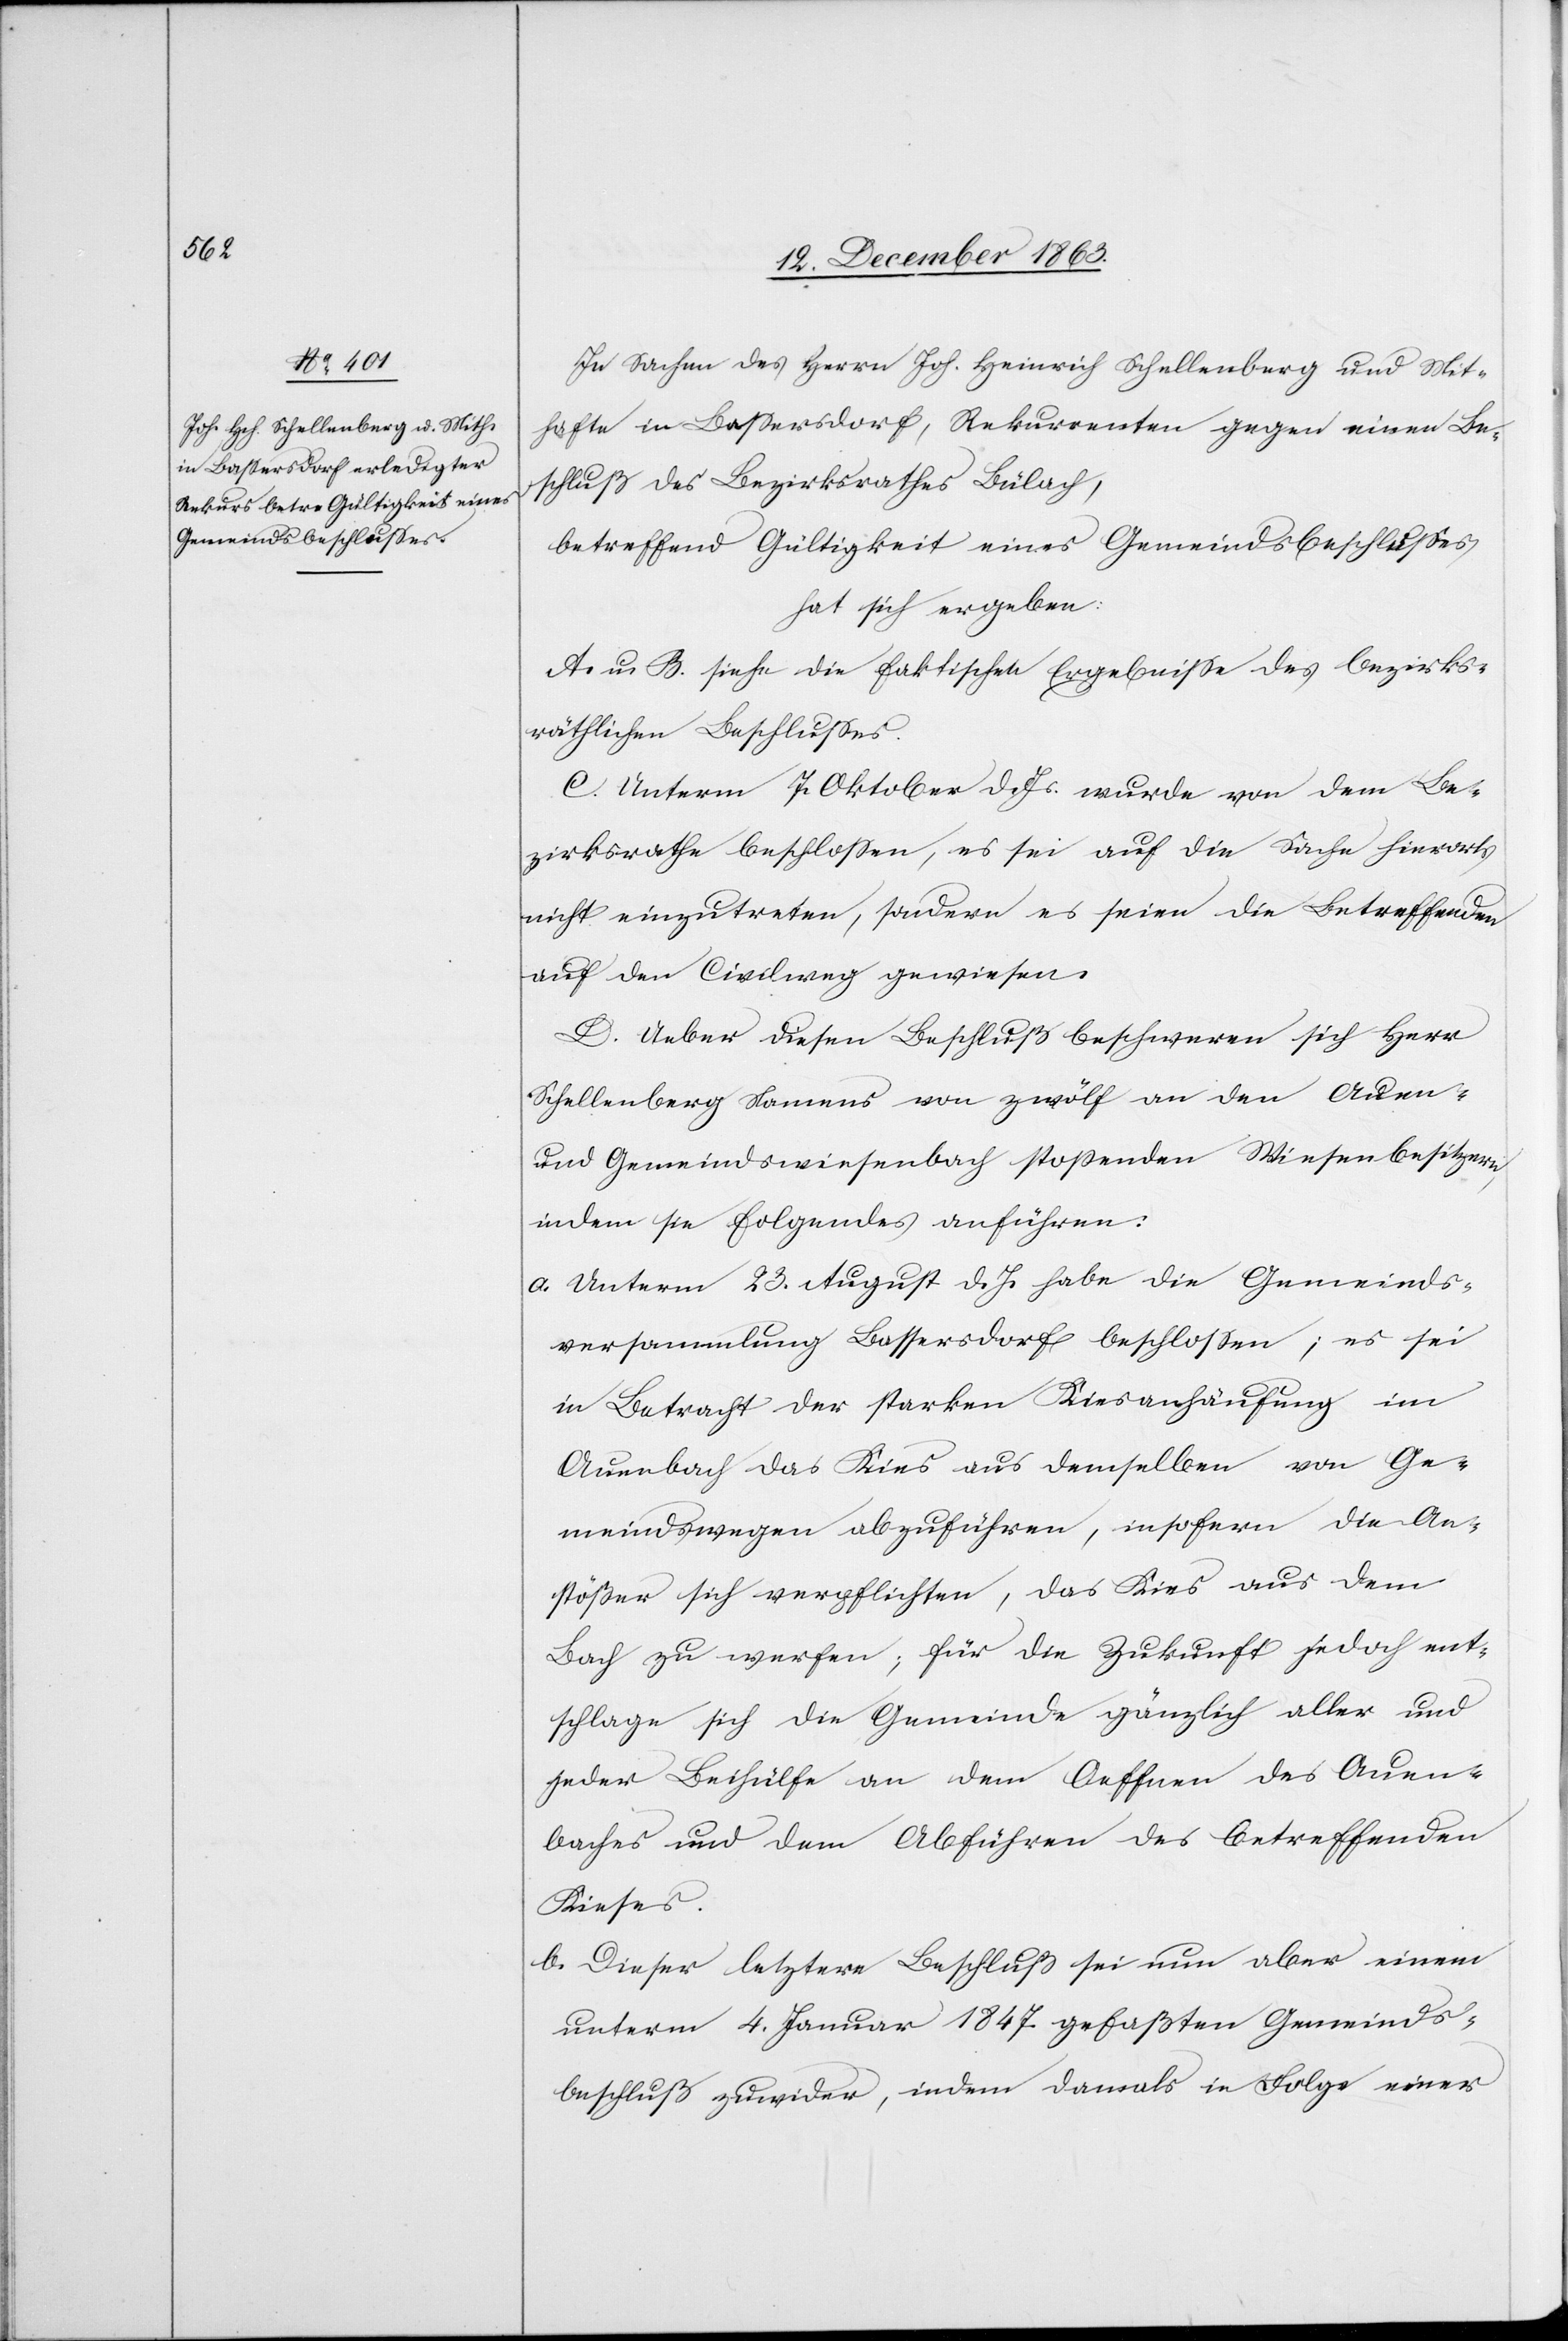
In Sachen des Herrn Joh. Heinrich Schellenberg und Mit¬
hafte in Bassersdorf, Rekurrenten gegen einen Be¬
schluß des Bezirksrathes Bülach,
betreffend Gültigkeit eines Gemeindsbeschlusses,
hat sich ergeben:
A. u. B. siehe die faktischen Ergebnisse des bezirks¬
räthlichen Beschlusses.
C. Unterm 7. Oktober d. Js. wurde von dem Be¬
zirksrathe beschlossen, es sei auf die Sache hierorts
nicht einzutreten, sondern es seien die Betreffenden
auf den Civilweg gewiesen.
D. Ueber diesen Beschluss beschweren sich Herr
Schellenberg Namens von zwölf an den Auen-
und Gemeindswiesenbach stossenden Wiesenbesitzern,
indem sie folgendes anführen:
a. Unterm 23. August d. Js. habe die Gemeinds¬
versammlung Bassersdorf beschlossen; es sei
in Betracht der starken Kiesanhäufung im
Auenbach das Kies aus demselben von Ge¬
meindswegen abzuführen, insofern die An¬
stößer sich verpflichten, das Kies aus dem
Bach zu werfen; für die Zukunft jedoch ent¬
schlage sich die Gemeinde gänzlich aller und
jeder Beihülfe an dem Oeffnen des Auen¬
baches und dem Abführen des betreffenden
Kieses.
b. Dieser letztere Beschluß sei nun aber einem
unterm 4. Januar 1847 gefaßten Gemeinds¬
beschluß zuwider, indem damals in Folge einer